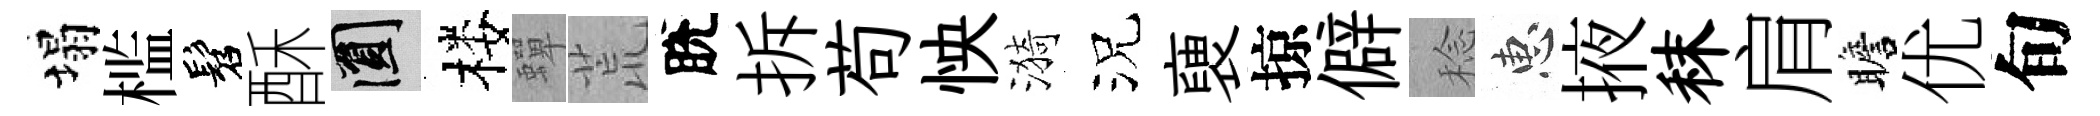
塌槛髫酥圓楼蟬荒脫拆苟怏漪況褏掠僻稔惠掖秣肩瞻优旬